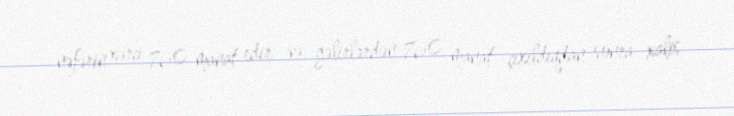
nəfərin xərci 760 manat edir və gəlirlərdən 760 manat çıxıldıqdan sonra xalis